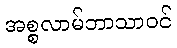
အစ္စလာမ်ဘာသာဝင်